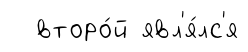
второ́й явл'я́лс'я